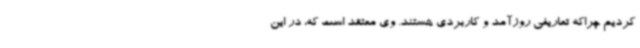
کردیم چراکه تعاریفی روزآمد و کاربردی هستند. وی معتقد است که، در این